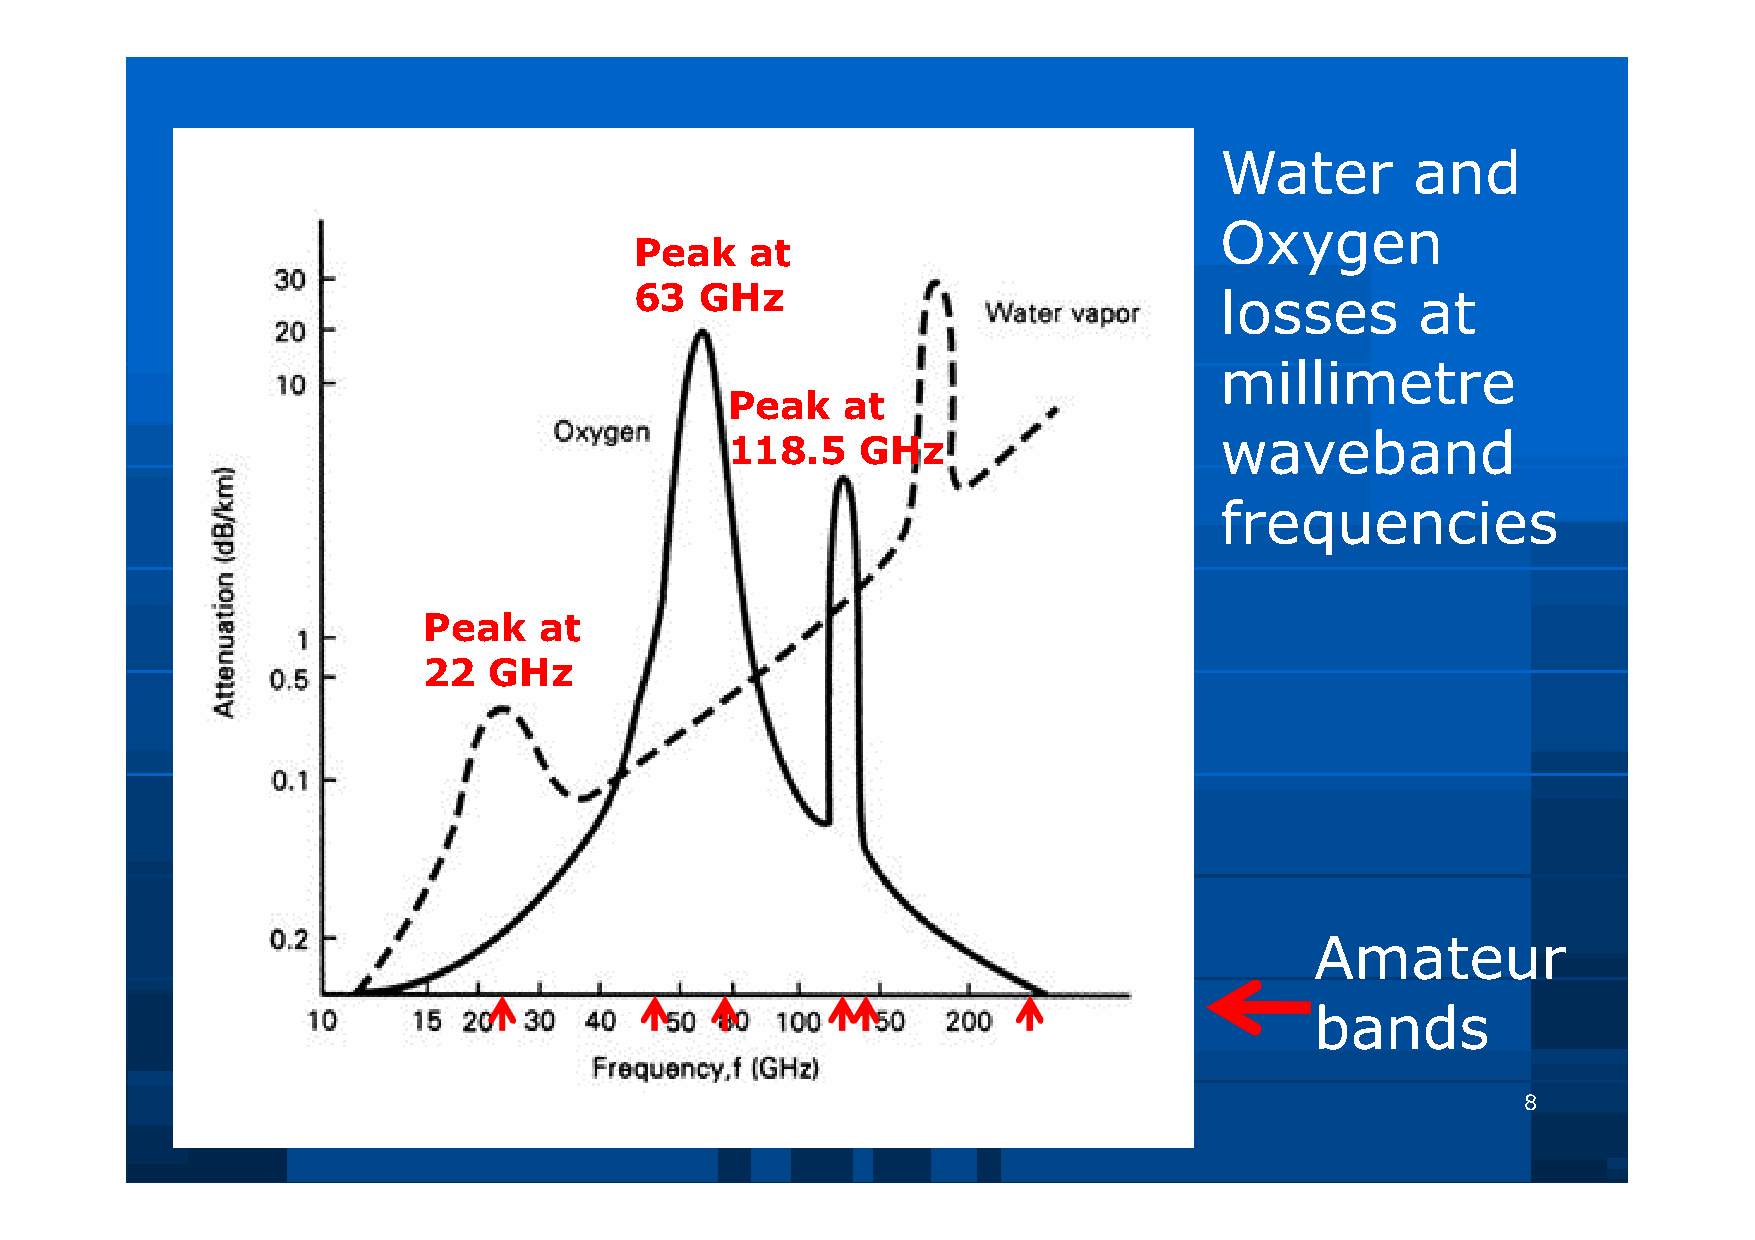
Water        and
 Oxygen
 Peak    at
 63  GHz                                losses       at
 millimetre
 Peak    at
 waveband
 118.5    GHz
 frequencies
 Peak    at
 22  GHz
 Amateur
 bands
 8